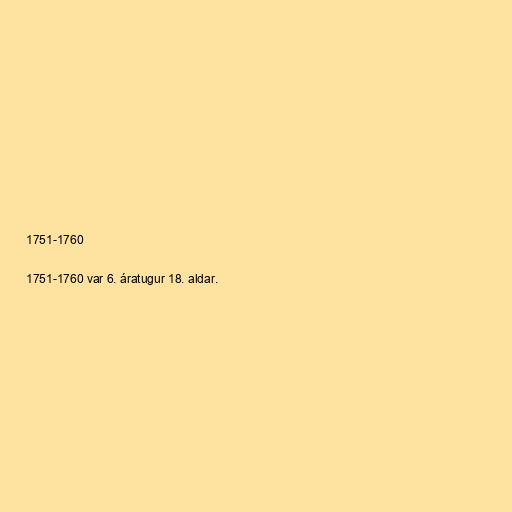
1751-1760

1751-1760 var 6. áratugur 18. aldar.